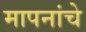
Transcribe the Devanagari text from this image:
मापनांचे